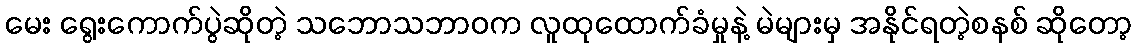
မေး ရွေးကောက်ပွဲဆိုတဲ့ သဘောသဘာဝက လူထုထောက်ခံမှုနဲ့ မဲများမှ အနိုင်ရတဲ့စနစ် ဆိုတော့